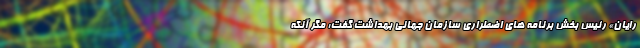
رایان» رئیس بخش برنامه های اضطراری سازمان جهانی بهداشت گفت: مگر آنکه